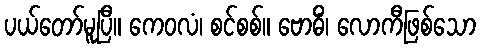
ပယ်တော်မူပြီ။ ကေဝလံ၊ စင်စစ်။ ဗောဓိံ၊ လောကီဖြစ်သော